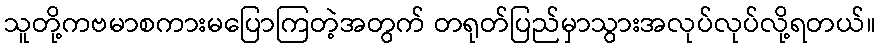
သူတို့ကဗမာစကားမပြောကြတဲ့အတွက် တရုတ်ပြည်မှာသွားအလုပ်လုပ်လို့ရတယ်။